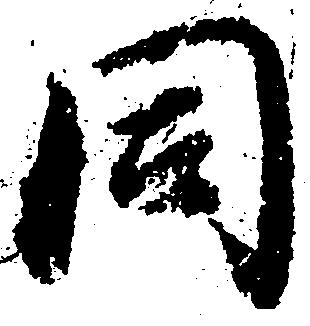
同